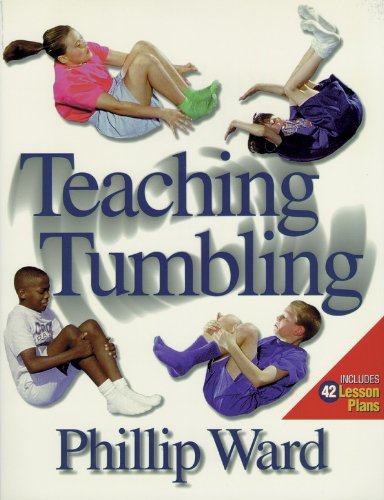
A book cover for Teaching Tumbling; Phillip Ward; Sports & Outdoors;